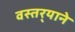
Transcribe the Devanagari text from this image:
वस्तर्‍याने